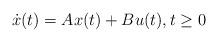
LaTeX: \begin{align*}\dot x(t)=Ax(t)+Bu(t),t\ge0\end{align*}